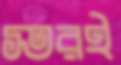
স্তরই